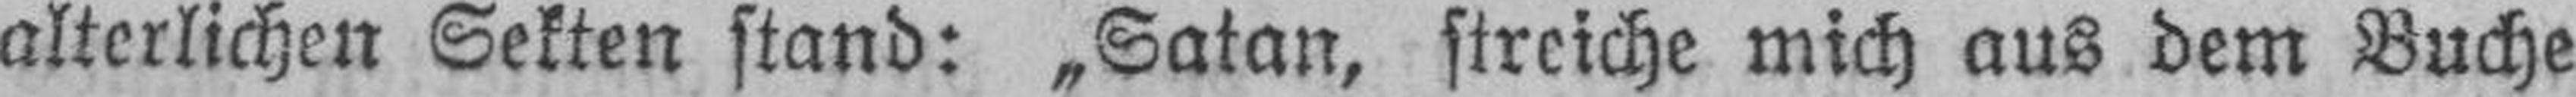
alterlichen Sekten stand: „Satan, streiche mich aus dem Buche